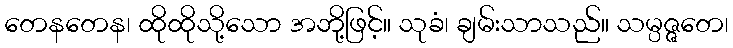
တေနတေန၊ ထိုထိုသို့သော အဘို့ဖြင့်။ သုခံ၊ ချမ်းသာသည်။ သမ္ပဇ္ဇတေ၊